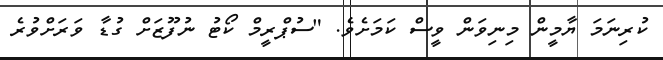
ކުރިނަމަ ޔާމީން މިނިވަން ވީސް ކަމަށެވެ. "ސުޕްރީމް ކޯޓު ނުފޫޒަށް ގުޑާ ވަރަށްވުރެ